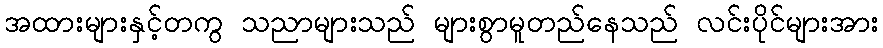
အထားများနှင့်တကွ သညာများသည် များစွာမူတည်နေသည် လင်းပိုင်များအား